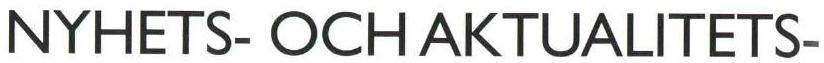
NYHETS- OCH AKTUALITETS-